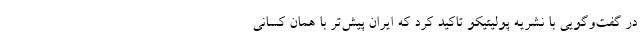
در گفت‌وگویی با نشریه پولیتیکو تاکید کرد که ایران پیش‌تر با همان کسانی